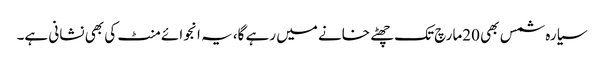
سیارہ شمس بھی 20مارچ تک چھٹے خانے میں رہے گا، یہ انجوائے منٹ کی بھی نشانی ہے۔